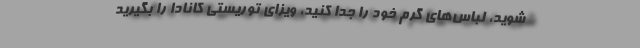
شوید، لباس‌های گرم خود را جدا کنید، ویزای توریستی کانادا را بگیرید